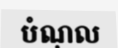
បំណុល